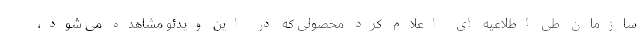
سازمان طی اطلاعیه ای اعلام کرد محصولی که در این ویدئو مشاهده می شود،